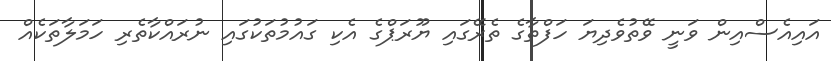
އައިއެސްއިން ވަނީ ވޭތުވެދިޔަ ހަފްތާގެ ތެރޭގައި ޔޫރަޕްގެ އެކި ގައުމުތަކުގައި ނުރައްކާތެރި ހަމަލާތަކެއް